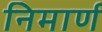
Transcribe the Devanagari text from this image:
निमार्ण